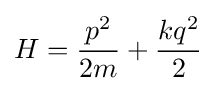
H={\frac {p^{2}}{2m}}+{\frac {kq^{2}}{2}}